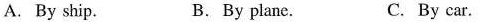
A. By ship. B.By plane. C. By car.